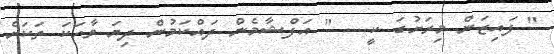
" ފައިޒަން މިރަށުގަ ކީ.... " އަފްޝާމެން ދައްކަމުން ދިޔަ ވާހަކަ ތަކަށް